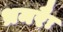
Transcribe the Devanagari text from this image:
भ्रमरैः